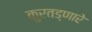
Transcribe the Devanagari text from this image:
कुरतड्णारे